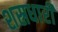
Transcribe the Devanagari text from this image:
शस्रधारी